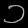
Digit: ၁